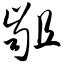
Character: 龃